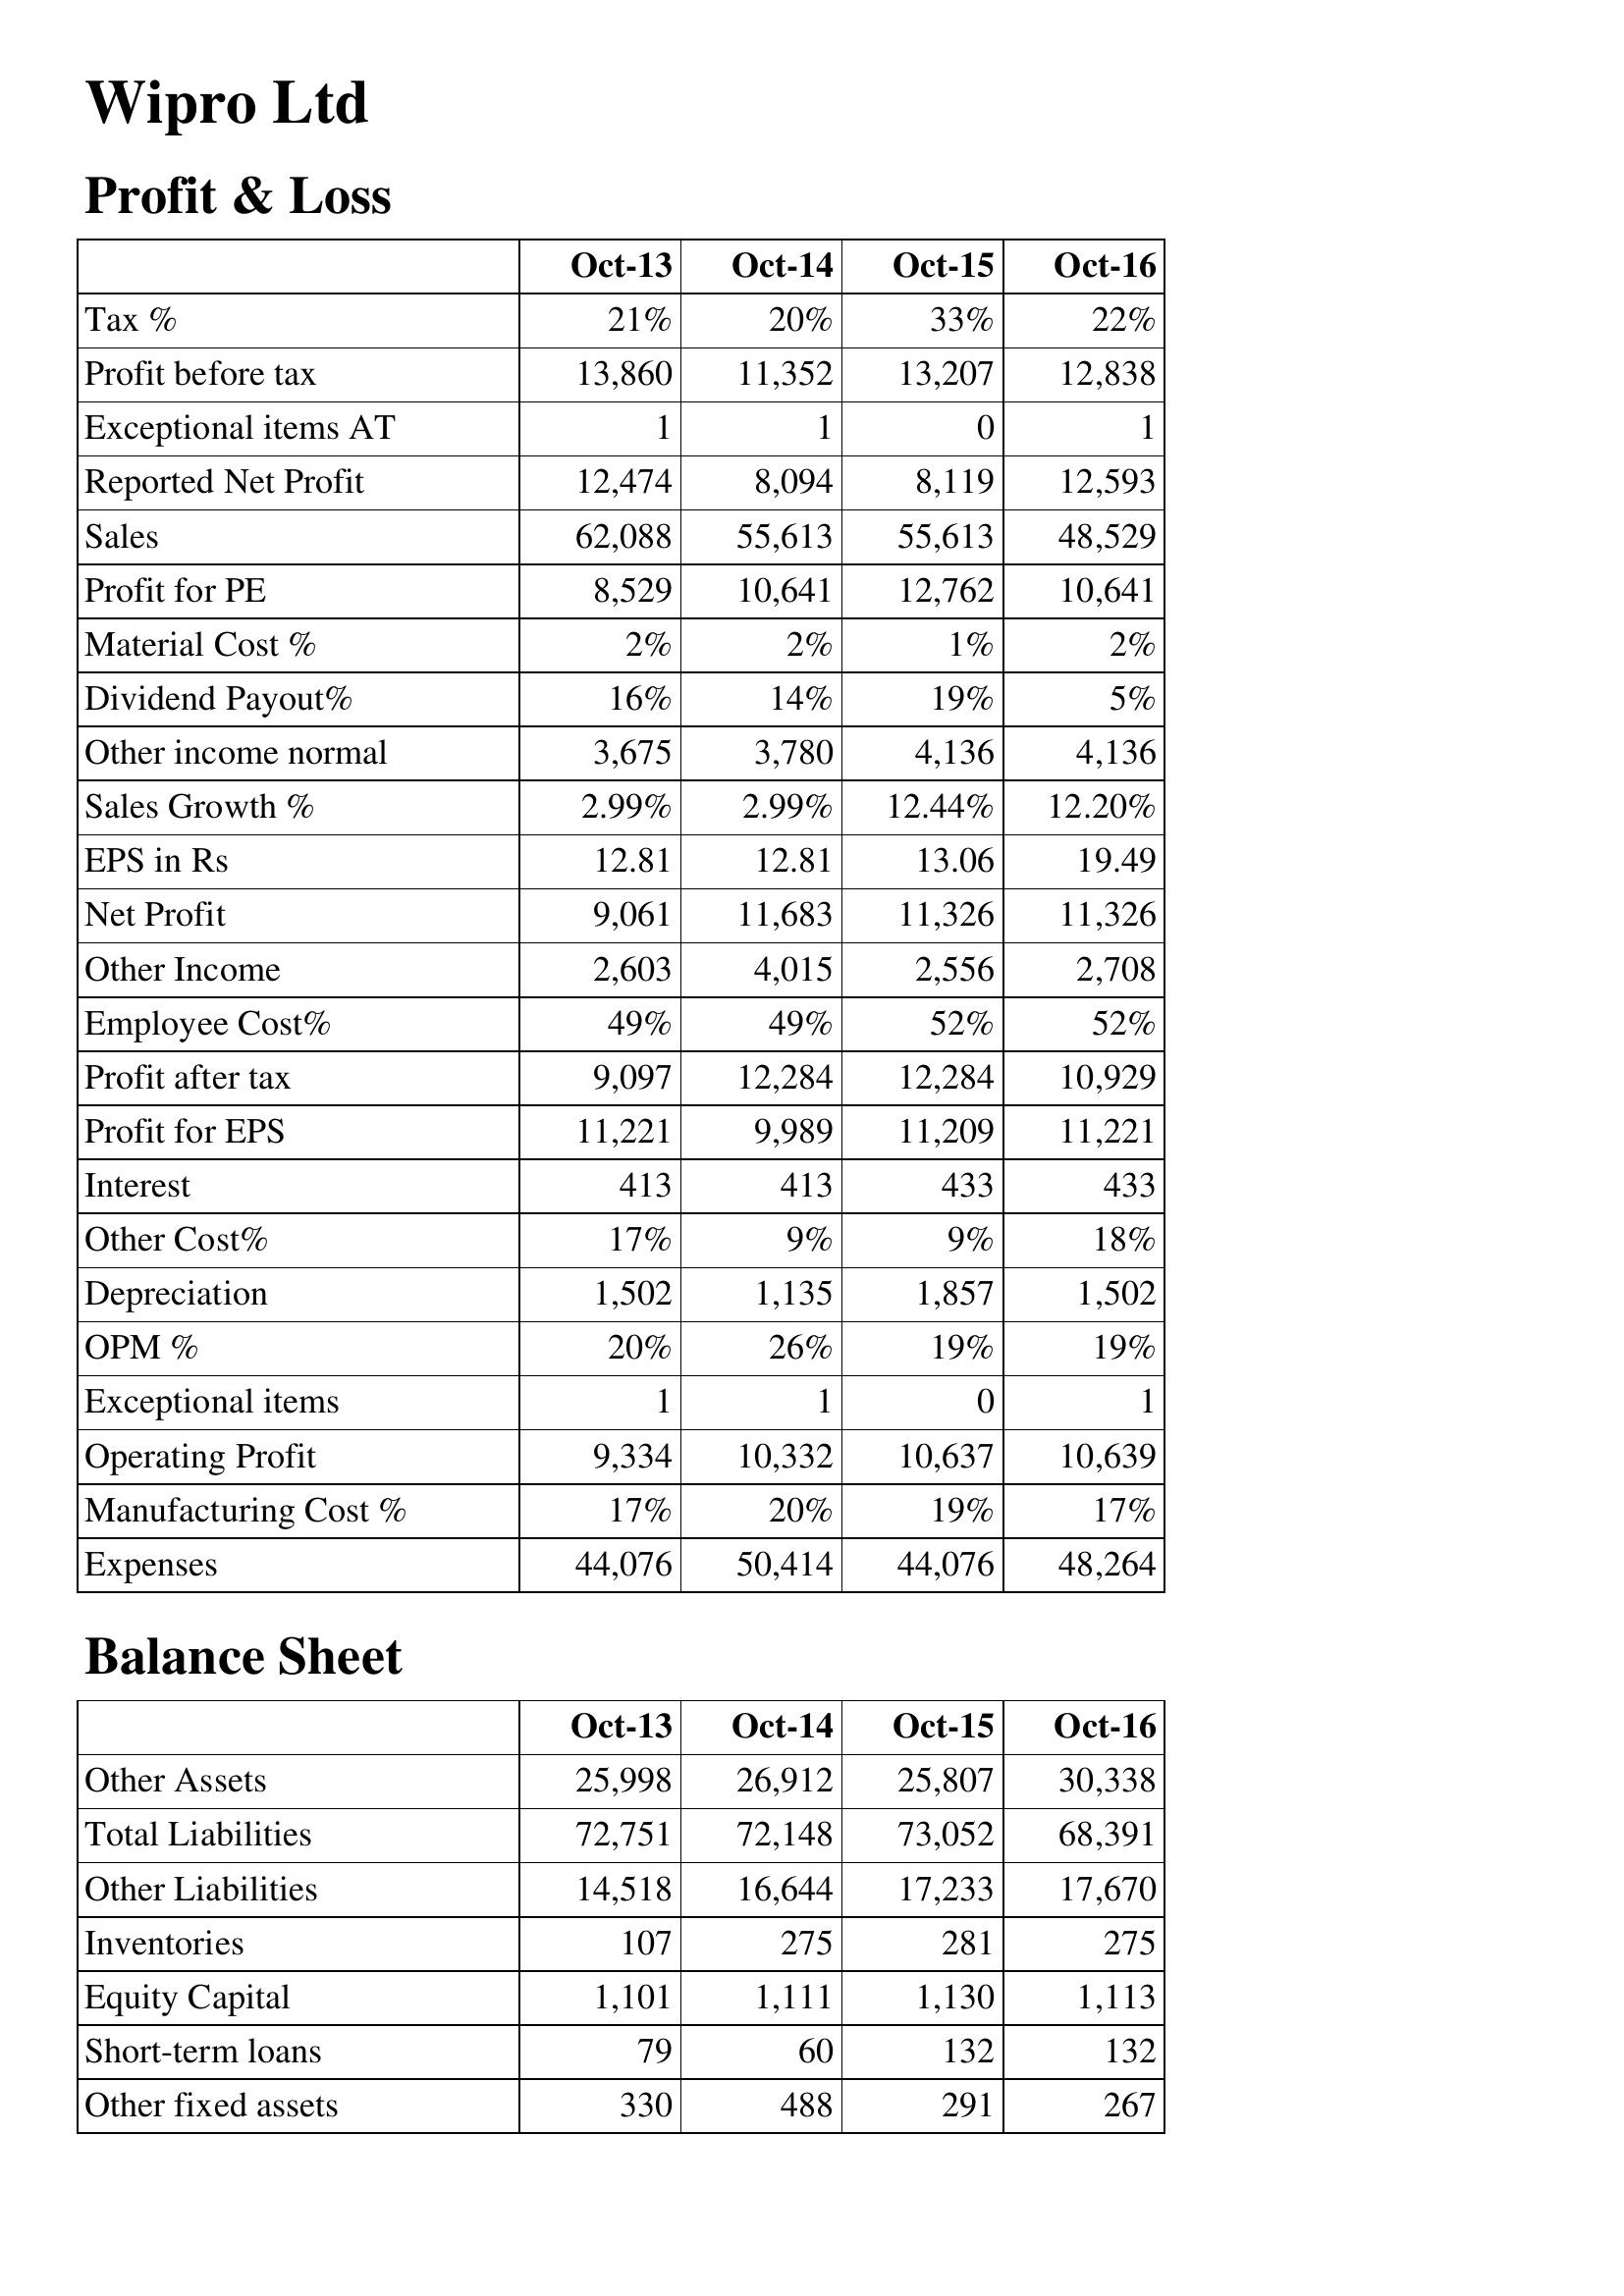
Oct-13: Profit & Loss: Tax %: 21%
Profit before tax: 13,860
Exceptional items AT: 1
Reported Net Profit: 12,474
Sales: 62,088
Profit for PE: 8,529
Material Cost %: 2%
Dividend Payout%: 16%
Other income normal: 3,675
Sales Growth %: 2.99%
EPS in Rs: 12.81
Net Profit: 9,061
Other Income: 2,603
Employee Cost%: 49%
Profit after tax: 9,097
Profit for EPS: 11,221
Interest: 413
Other Cost%: 17%
Depreciation: 1,502
OPM %: 20%
Exceptional items: 1
Operating Profit: 9,334
Manufacturing Cost %: 17%
Expenses: 44,076
Balance Sheet: Other Assets: 25,998
Total Liabilities: 72,751
Other Liabilities: 14,518
Inventories: 107
Equity Capital: 1,101
Short-term loans: 79
Other fixed assets: 330
Oct-14: Profit & Loss: Tax %: 20%
Profit before tax: 11,352
Exceptional items AT: 1
Reported Net Profit: 8,094
Sales: 55,613
Profit for PE: 10,641
Material Cost %: 2%
Dividend Payout%: 14%
Other income normal: 3,780
Sales Growth %: 2.99%
EPS in Rs: 12.81
Net Profit: 11,683
Other Income: 4,015
Employee Cost%: 49%
Profit after tax: 12,284
Profit for EPS: 9,989
Interest: 413
Other Cost%: 9%
Depreciation: 1,135
OPM %: 26%
Exceptional items: 1
Operating Profit: 10,332
Manufacturing Cost %: 20%
Expenses: 50,414
Balance Sheet: Other Assets: 26,912
Total Liabilities: 72,148
Other Liabilities: 16,644
Inventories: 275
Equity Capital: 1,111
Short-term loans: 60
Other fixed assets: 488
Oct-15: Profit & Loss: Tax %: 33%
Profit before tax: 13,207
Exceptional items AT: 0
Reported Net Profit: 8,119
Sales: 55,613
Profit for PE: 12,762
Material Cost %: 1%
Dividend Payout%: 19%
Other income normal: 4,136
Sales Growth %: 12.44%
EPS in Rs: 13.06
Net Profit: 11,326
Other Income: 2,556
Employee Cost%: 52%
Profit after tax: 12,284
Profit for EPS: 11,209
Interest: 433
Other Cost%: 9%
Depreciation: 1,857
OPM %: 19%
Exceptional items: 0
Operating Profit: 10,637
Manufacturing Cost %: 19%
Expenses: 44,076
Balance Sheet: Other Assets: 25,807
Total Liabilities: 73,052
Other Liabilities: 17,233
Inventories: 281
Equity Capital: 1,130
Short-term loans: 132
Other fixed assets: 291
Oct-16: Profit & Loss: Tax %: 22%
Profit before tax: 12,838
Exceptional items AT: 1
Reported Net Profit: 12,593
Sales: 48,529
Profit for PE: 10,641
Material Cost %: 2%
Dividend Payout%: 5%
Other income normal: 4,136
Sales Growth %: 12.20%
EPS in Rs: 19.49
Net Profit: 11,326
Other Income: 2,708
Employee Cost%: 52%
Profit after tax: 10,929
Profit for EPS: 11,221
Interest: 433
Other Cost%: 18%
Depreciation: 1,502
OPM %: 19%
Exceptional items: 1
Operating Profit: 10,639
Manufacturing Cost %: 17%
Expenses: 48,264
Balance Sheet: Other Assets: 30,338
Total Liabilities: 68,391
Other Liabilities: 17,670
Inventories: 275
Equity Capital: 1,113
Short-term loans: 132
Other fixed assets: 267